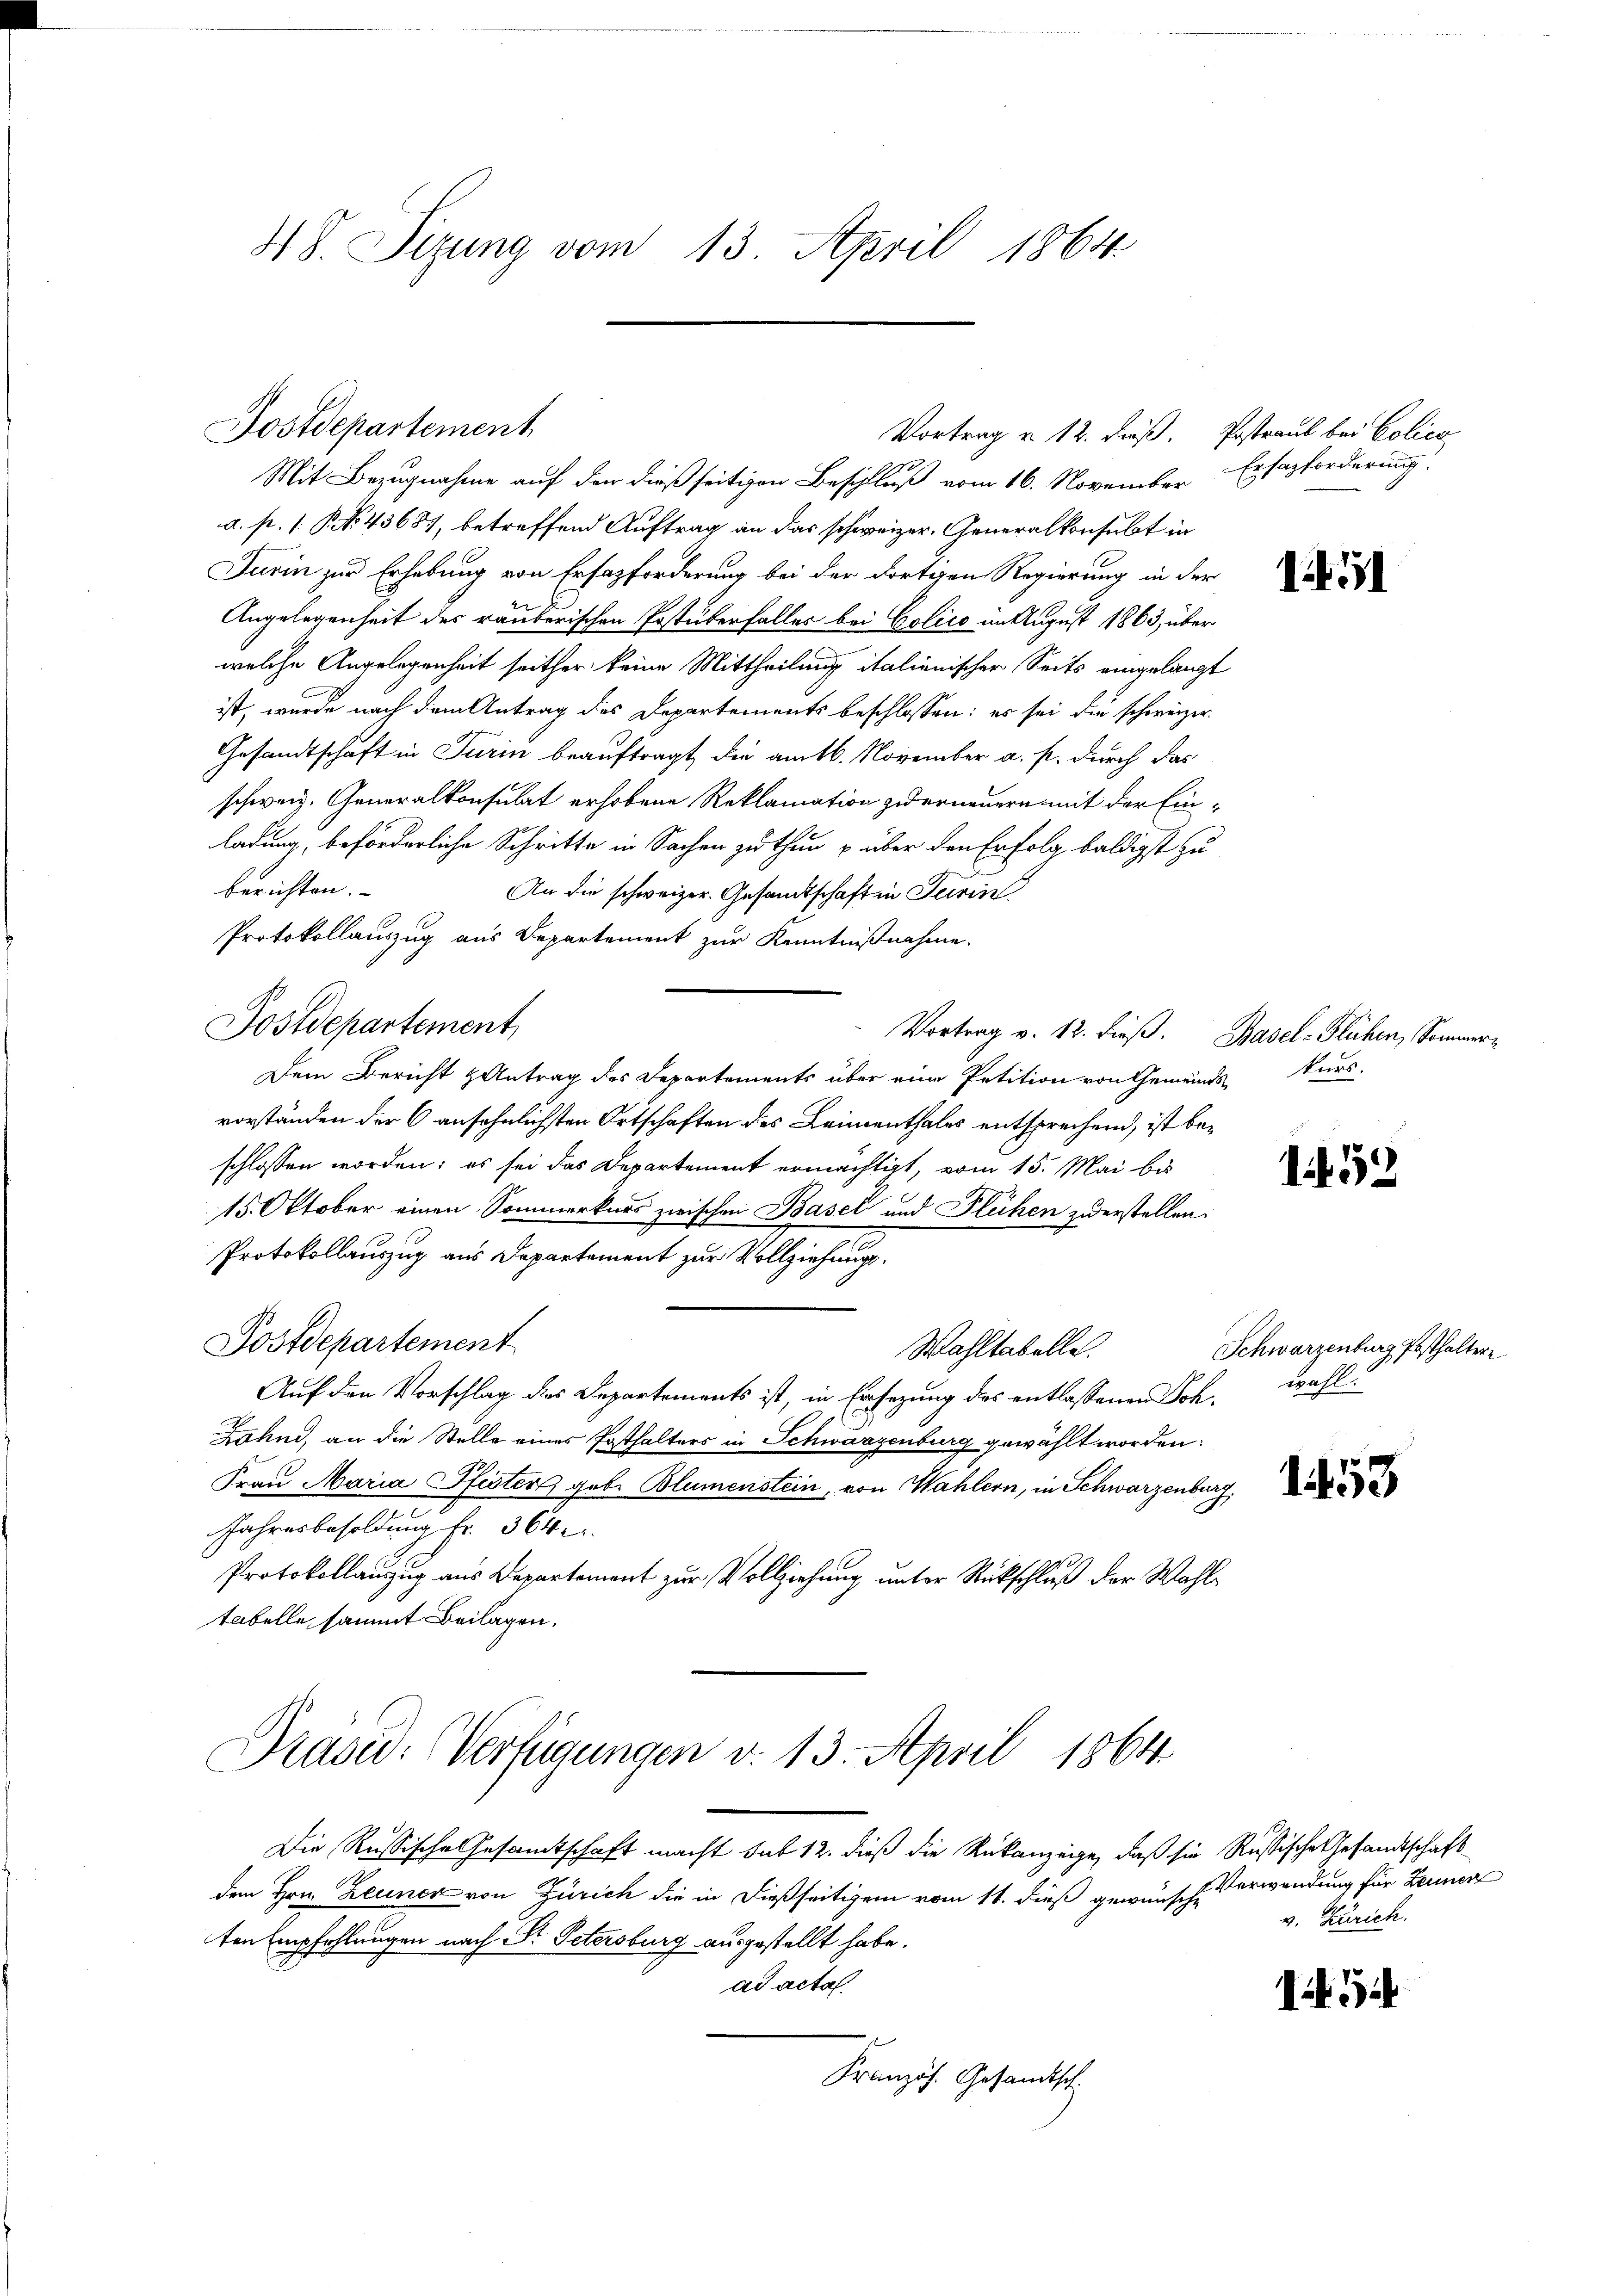
48. Sizung vom 13. April 1864.

Mit Bezugnahme auf den dießseitigen Beschluß vom 16. November
a. p. 1. P. NNo. 43687, betreffend Auftrag an das schweizer. Generalkonsulat in
Turin zur Erhebung von Ersazforderung bei der dortigen Regierung in der
Angelegenheit des räuberischen Postüberfalles bei Colico in August 1863, über
welche Angelegenheit seither keine Mittheilung italienischer Seits eingelangt
ist, wurde nach dem Antrag des Departements beschlossen: es sei die schweizer¬
Gesandtschaft in Turin beauftragt, die am 16. November a. p. durch das
schweiz. Generalkonsulat erhobene Reklamation zu erneuern mit der Einladung, beförderliche Schritte in Sachen zu thun über den Erfolg baldigst zu
berichten.
An die schweizer. Gesandtschaft in Terrin
Protokollauszug aus Departement zur Kenntnißnahme.
Postdepartement
Vortrag v. 12. dieβ. Basel-Flühen, Sommer
Dem Bericht Antrag des Departements über eine Petition von Gemeindskurs.
vorständen der 6 ansehnlichsten Ortschaften des Leimenthales entsprechend, ist beschlossen worden; es sei das Departement ermächtigt, vom 15. Mai bis
15. Oktober einen Sommerkurs zwischen Basel und Flühen zu erstellen.
.
Protokollauszug aus Departement zur Vollziehungs¬
Postdepartement
Wahltabelle.
Auf den Vorschlag des Departements ist, in Ersezung des entlassenen Soh, wohl
Zahne, an die Stelle eines Posthalters in Schwarzenburg gewählt worden.
Frau Maria Pfister geb. Blumenstein, von Wahlern, in Schwarzenburg,
Jahresbesoldung Fr. 364
Protokollauszug aus Departement zur Vollziehung unter Rückschluß der Wahltabelle, sammt Beilagen.

Postdepartement

Vortrag u. 12. dieß. Postraub bei Police

Präsid. Verfügungen v. 13. April 1864.

Die Russische Gesamtschaft macht sub 12. dieß die Rükanzeige, daß sie Russische Gesandtschaft
dem Hrn. Zeuner von Zürich die in dießseitigem vom 11. dieß gewünsche Verwendung für Zeuner
ten Empfehlungen nach Dr. Petersburg ausgestellt habe.
ad acta.
Französ. Gesandtsch.

Ersatzforderung.

1451

1452

Schwarzenburg Posthaltere

1453

v. Zürich.

5